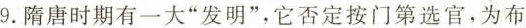
9.隋唐时期有一大”发明”，它否定按门第选官，为布